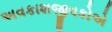
અવકાશજીવકોએ